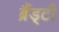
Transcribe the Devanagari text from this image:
ब्रैंड्टी